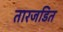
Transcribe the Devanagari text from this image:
तारजडित